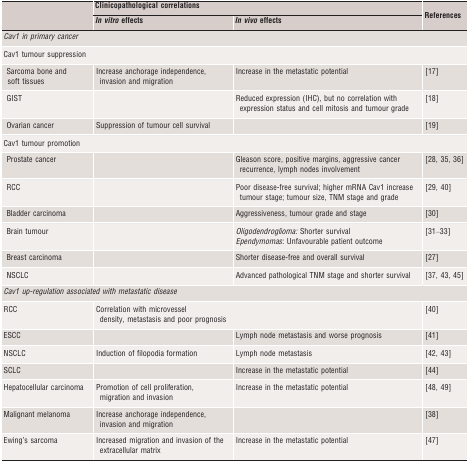
<table><thead><tr><td></td><td colspan="2"><b>Clinicopathological correlations</b></td><td></td></tr><tr><td></td><td><b><i>In vitro</i> effects</b></td><td><b><i>In vivo</i> effects</b></td><td><b>References</b></td></tr></thead><tbody><tr><td colspan="4"><i>Cav1 in primary cancer</i></td></tr><tr><td colspan="4">Cav1 tumour suppression</td></tr><tr><td> Sarcoma bone and soft tissues</td><td>Increase anchorage independence, invasion and migration</td><td>Increase in the metastatic potential</td><td>[17]</td></tr><tr><td> GIST</td><td></td><td>Reduced expression (IHC), but no correlation with expression status and cell mitosis and tumour grade</td><td>[18]</td></tr><tr><td> Ovarian cancer</td><td>Suppression of tumour cell survival</td><td></td><td>[19]</td></tr><tr><td colspan="4">Cav1 tumour promotion</td></tr><tr><td> Prostate cancer</td><td></td><td>Gleason score, positive margins, aggressive cancer recurrence, lymph nodes involvement</td><td>[28, 35, 36]</td></tr><tr><td> RCC</td><td></td><td>Poor disease-free survival; higher mRNA Cav1 increase tumour stage; tumour size, TNM stage and grade</td><td>[29, 40]</td></tr><tr><td> Bladder carcinoma</td><td></td><td>Aggressiveness, tumour grade and stage</td><td>[30]</td></tr><tr><td> Brain tumour</td><td></td><td><i>Oligodendroglioma</i>: Shorter survival <i>Ependymomas</i>: Unfavourable patient outcome</td><td>[31–33]</td></tr><tr><td> Breast carcinoma</td><td></td><td>Shorter disease-free and overall survival</td><td>[27]</td></tr><tr><td> NSCLC</td><td></td><td>Advanced pathological TNM stage and shorter survival</td><td>[37, 43, 45]</td></tr><tr><td colspan="4"><i>Cav1 up-regulation associated with metastatic disease</i></td></tr><tr><td>RCC</td><td colspan="2">Correlation with microvessel density, metastasis and poor prognosis</td><td>[40]</td></tr><tr><td>ESCC</td><td></td><td>Lymph node metastasis and worse prognosis</td><td>[41]</td></tr><tr><td>NSCLC</td><td>Induction of filopodia formation</td><td>Lymph node metastasis</td><td>[42, 43]</td></tr><tr><td>SCLC</td><td></td><td>Increase in the metastatic potential</td><td>[44]</td></tr><tr><td>Hepatocellular carcinoma</td><td>Promotion of cell proliferation, migration and invasion</td><td>Increase in the metastatic potential</td><td>[48, 49]</td></tr><tr><td>Malignant melanoma</td><td>Increase anchorage independence, invasion and migration</td><td></td><td>[38]</td></tr><tr><td>Ewing&#x27;s sarcoma</td><td>Increased migration and invasion of the extracellular matrix</td><td>Increase in the metastatic potential</td><td>[47]</td></tr></tbody></table>